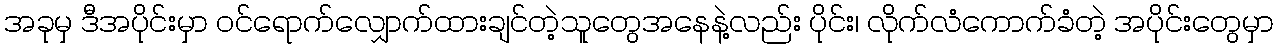
အခုမှ ဒီအပိုင်းမှာ ဝင်ရောက်လျှောက်ထားချင်တဲ့သူတွေအနေနဲ့လည်း ပိုင်း၊ လိုက်လံကောက်ခံတဲ့ အပိုင်းတွေမှာ